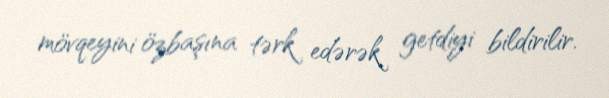
mövqeyini özbaşına tərk edərək getdiyi bildirilir.